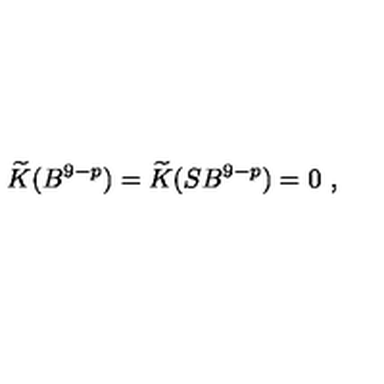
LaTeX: \widetilde { K } ( B ^ { 9 - p } ) = \widetilde { K } ( S B ^ { 9 - p } ) = 0 \ ,